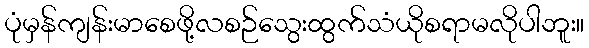
ပုံမှန်ကျန်းမာစေဖို့လစဉ်သွေးထွက်သံယိုစရာမလိုပါဘူး။